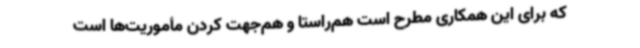
که برای این همکاری مطرح است هم‌راستا و هم‌جهت کردن مأموریت‌ها است